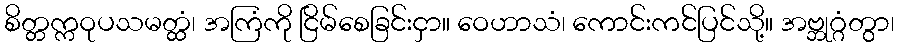
စိတ္တက္ကဝုပသမတ္ထံ၊ အကြံကို ငြိမ်စေခြင်းငှာ။ ဝေဟာသံ၊ ကောင်းကင်ပြင်သို့။ အဗ္ဘုဂ္ဂံတွာ၊